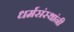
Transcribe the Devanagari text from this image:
धर्मसंस्थांनी